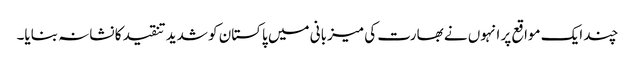
چند ایک مواقع پر انہوں نے بھارت کی میزبانی میں پاکستان کو شدید تنقید کا نشانہ بنایا۔